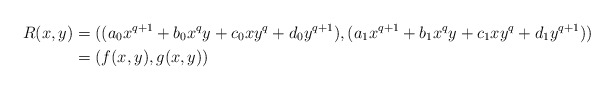
\begin{align*}R(x,y) &= ((a_0 x^{q+1} + b_0 x^qy + c_0 xy^q + d_0 y^{q+1}), (a_1 x^{q+1} + b_1 x^qy + c_1 xy^q + d_1 y^{q+1})) \\ &= (f(x,y),g(x,y))\end{align*}